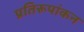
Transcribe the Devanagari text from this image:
प्रतिरूपांकन